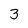
Character: 3